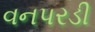
વનપરડી